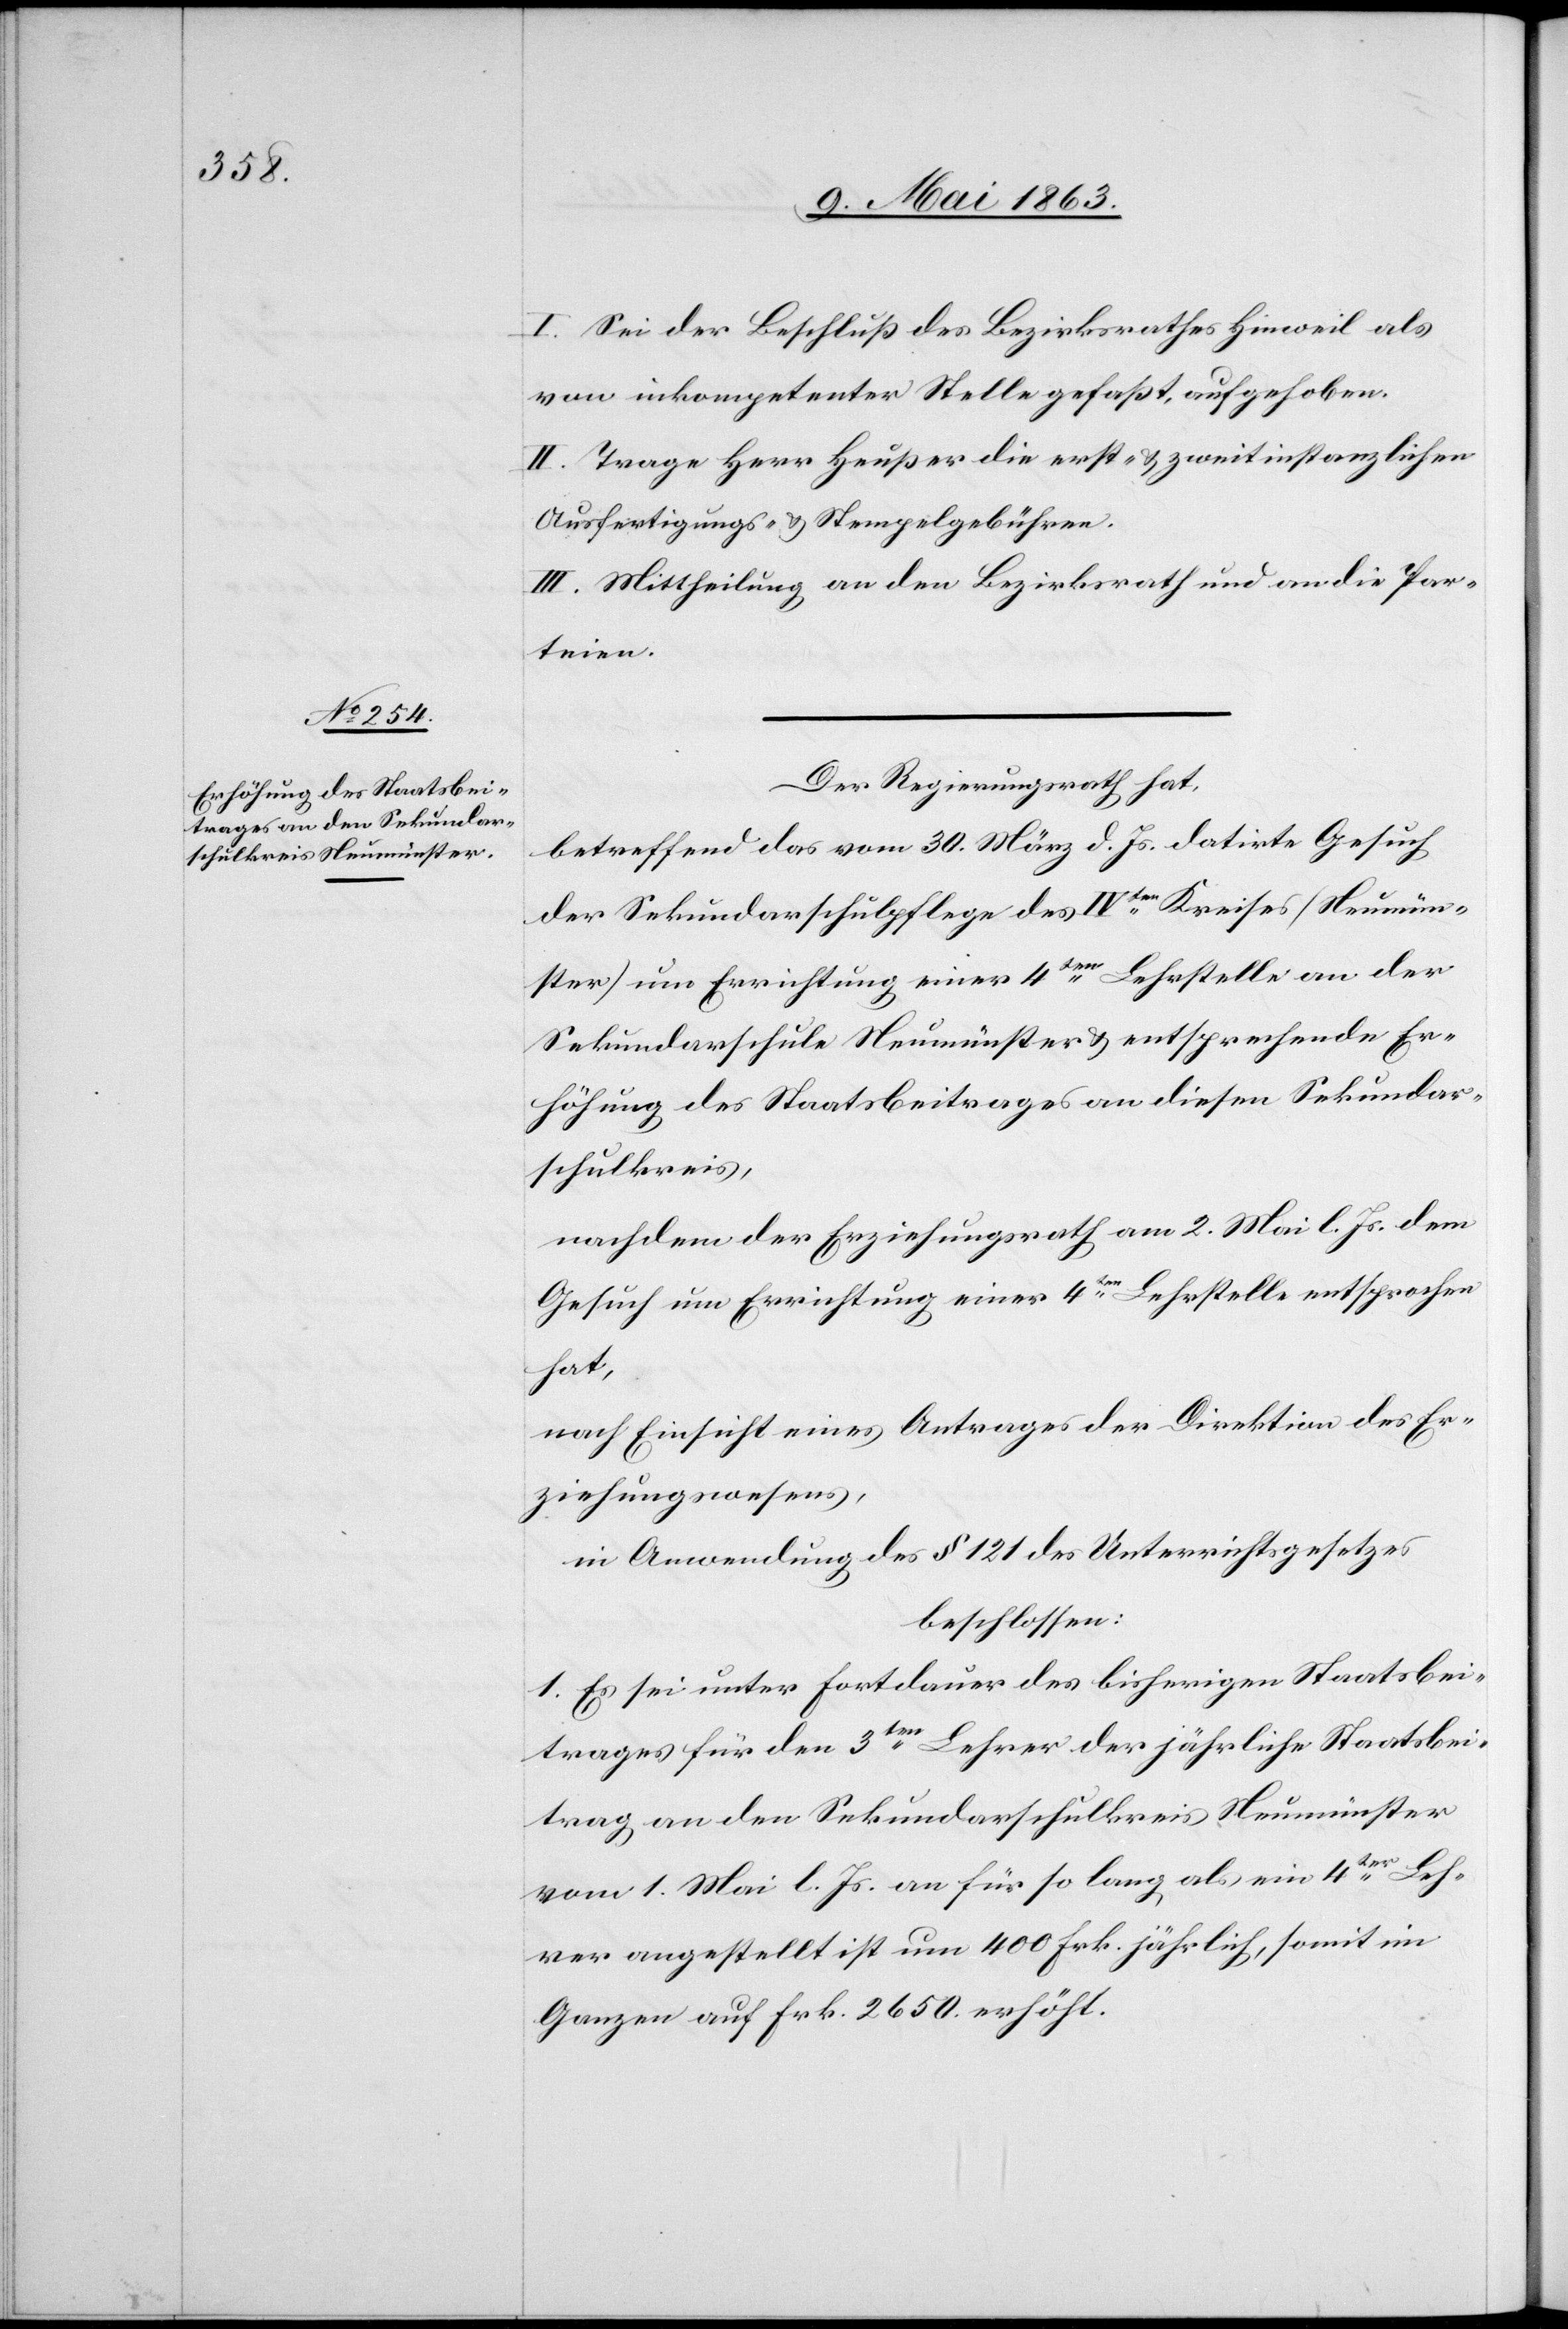
I. Sei der Beschluß des Bezirksrathes Hinweil als
von inkompetenter Stelle gefaßt, aufgehoben.
II. Trage Herr Heußer die erst- & zweitinstanzlichen
Ausfertigungs- & Stempelgebühren.
III. Mittheilung an den Bezirksrath und an die Par¬
teien.
Der Regierungsrath hat,
betreffend das vom 30. März d. Js. datirte Gesuch
der Sekundarschulpflege des IVten Kreises (Neumün¬
ster) um Errichtung einer 4ten Lehrstelle an der
Sekundarschule Neumünster & entsprechende Er¬
höhung des Staatsbeitrages an diesen Sekundar¬
schulkreis,
nachdem der Erziehungsrath am 2. Mai l. Js. dem
Gesuch um Errichtung einer 4ten Lehrstelle entsprochen
hat,
nach Einsicht eines Antrages der Direktion des Er¬
ziehungswesens,
in Anwendung des § 121 des Unterrichtsgesetzes
beschlossen:
1. Es sei unter Fortdauer des bisherigen Staatsbei¬
trages für den 3ten Lehrer der jährliche Staatsbei¬
trag an den Sekundarschulkreis Neumünster
vom 1. Mai l. Js. an für so lang als ein 4ter Leh¬
rer angestellt ist um 400 Frk. jährlich, somit im
Ganzen auf Frk. 2650. erhöht.